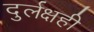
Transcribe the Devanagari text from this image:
दुर्लक्षही